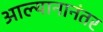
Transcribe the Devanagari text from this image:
आल्यानानंतर